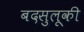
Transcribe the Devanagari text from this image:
बदसुलूकी